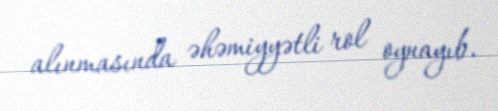
alınmasında əhəmiyyətli rol oynayıb.